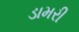
ડામરી